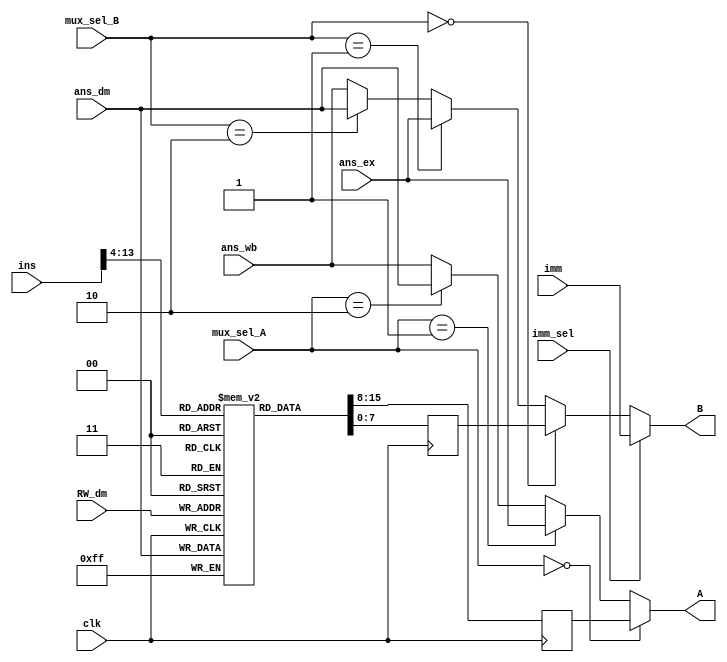
`timescale 1ns / 1ps
//////////////////////////////////////////////////////////////////////////////////
// Company: 
// Engineer: 
// 
// Design Name: 
// Module Name:    Register_Bank_Block 
// Project Name: 
// Target Devices: 
// Tool versions: 
// Description: 
//
// Dependencies: 
//
// Revision: 
// Revision 0.01 - File Created
// Additional Comments: 
//
//////////////////////////////////////////////////////////////////////////////////
module Register_Bank_Block(A, B, clk, ans_dm, ans_ex, ans_wb, imm, RW_dm, mux_sel_A, mux_sel_B, imm_sel, ins);

input [23:0]ins;
input [7:0]ans_ex, ans_wb, ans_dm, imm;
input [1:0] mux_sel_A, mux_sel_B;
input [4:0]RW_dm;
input imm_sel, clk;

output [7:0]A, B;

reg [7:0] AR,BR;
wire [7:0]BI;
reg [7:0]Register_Bank[0:31];//32x8 Memory

always @(posedge clk)
begin
	AR <= Register_Bank[ins[13:9]];
	BR <= Register_Bank[ins[8:4]];
	Register_Bank[RW_dm] <= ans_dm;
end
	
assign A = (mux_sel_A==2'b00) ? AR : ((mux_sel_A==2'b01) ? ans_ex : ((mux_sel_A==2'b10) ? ans_dm : ans_wb));
assign BI = (mux_sel_B==2'b00) ? BR : ((mux_sel_B==2'b01) ? ans_ex : ((mux_sel_B==2'b10) ? ans_dm : ans_wb));
assign B = (imm_sel==2'b00) ? BI : imm;

endmodule